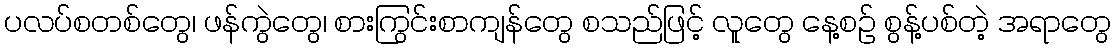
ပလပ်စတစ်တွေ၊ ဖန်ကွဲတွေ၊ စားကြွင်းစာကျန်တွေ စသည်ဖြင့် လူတွေ နေ့စဉ် စွန့်ပစ်တဲ့ အရာတွေ